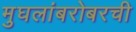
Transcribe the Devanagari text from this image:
मुघलांबरोबरची